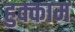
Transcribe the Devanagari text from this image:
हुक्काम